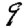
Digit: 9